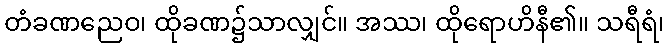
တံခဏညေဝ၊ ထိုခဏ၌သာလျှင်။ အဿ၊ ထိုရောဟိနီ၏။ သရီရံ၊